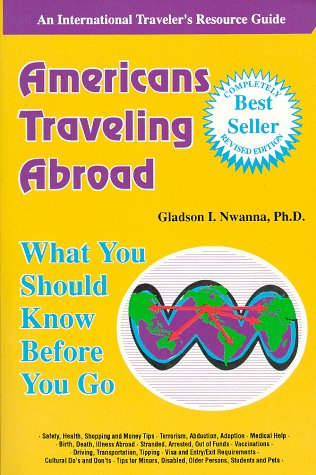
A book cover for Americans Traveling Abroad: What You Should Know Before You Go; Gladson I. Nwanna; Travel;